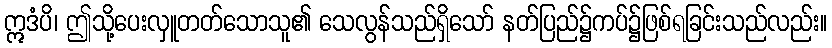
ဣဒံပိ၊ ဤသို့ပေးလှူတတ်သောသူ၏ သေလွန်သည်ရှိသော် နတ်ပြည်၌ကပ်၌ဖြစ်ရခြင်းသည်လည်း။